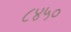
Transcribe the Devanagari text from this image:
८४५०